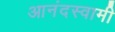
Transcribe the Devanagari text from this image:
आनंदस्वामी